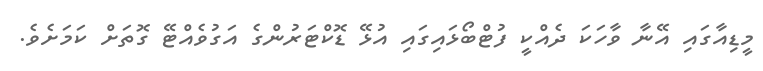
މީޑިއާގައި އޭނާ ވާހަކަ ދެއްކީ ފުޓްބޯޅައިގައި އުޅޭ ޑޮކްޓަރުންގެ އަގުވެއްޓޭ ގޮތަށް ކަމަށެވެ.